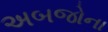
અબજોના